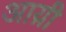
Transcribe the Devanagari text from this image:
आय़ी